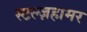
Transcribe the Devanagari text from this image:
स्टल्ज़हामर